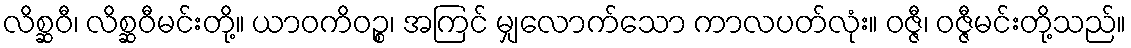
လိစ္ဆဝီ၊ လိစ္ဆဝီမင်းတို့။ ယာဝကိဝဉ္စ၊ အကြင် မျှလောက်သော ကာလပတ်လုံး။ ဝဇ္ဇီ၊ ဝဇ္ဇီမင်းတို့သည်။